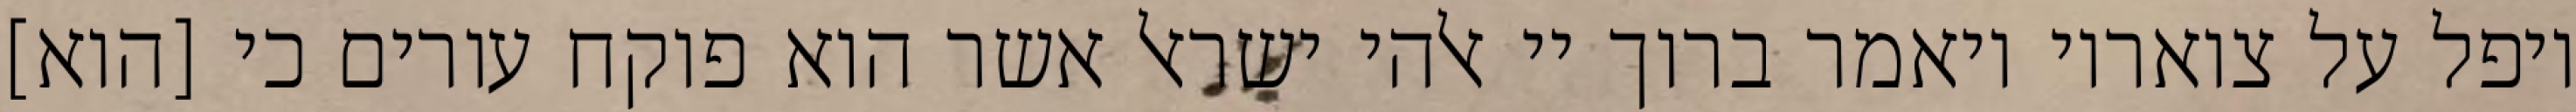
ויפל על צואריו ויאמר ברוך יי אלהי ישראל אשר הוא פוקח עורים כי [הוא]